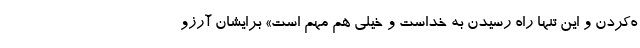
ه‌کردن و این تنها راه رسیدن به خداست و خیلی هم مهم است» برایشان آرزو